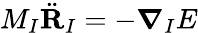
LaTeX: M_{I}\ddot{\mathbf{R}}_{I}=-\boldsymbol{\nabla}_{I}E